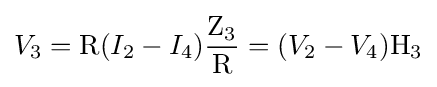
V_{3}=\mathrm {R} (I_{2}-I_{4}){\frac {\mathrm {Z_{3}} }{\mathrm {R} }}=(V_{2}-V_{4})\mathrm {H_{3}}